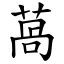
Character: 萵